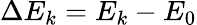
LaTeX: \Delta E_{k}=E_{k}-E_{0}